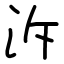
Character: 泝